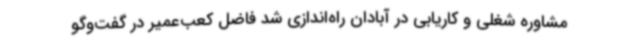
مشاوره شغلی و کاریابی در آبادان راه‌اندازی شد فاضل کعب‌عمیر در گفت‌وگو